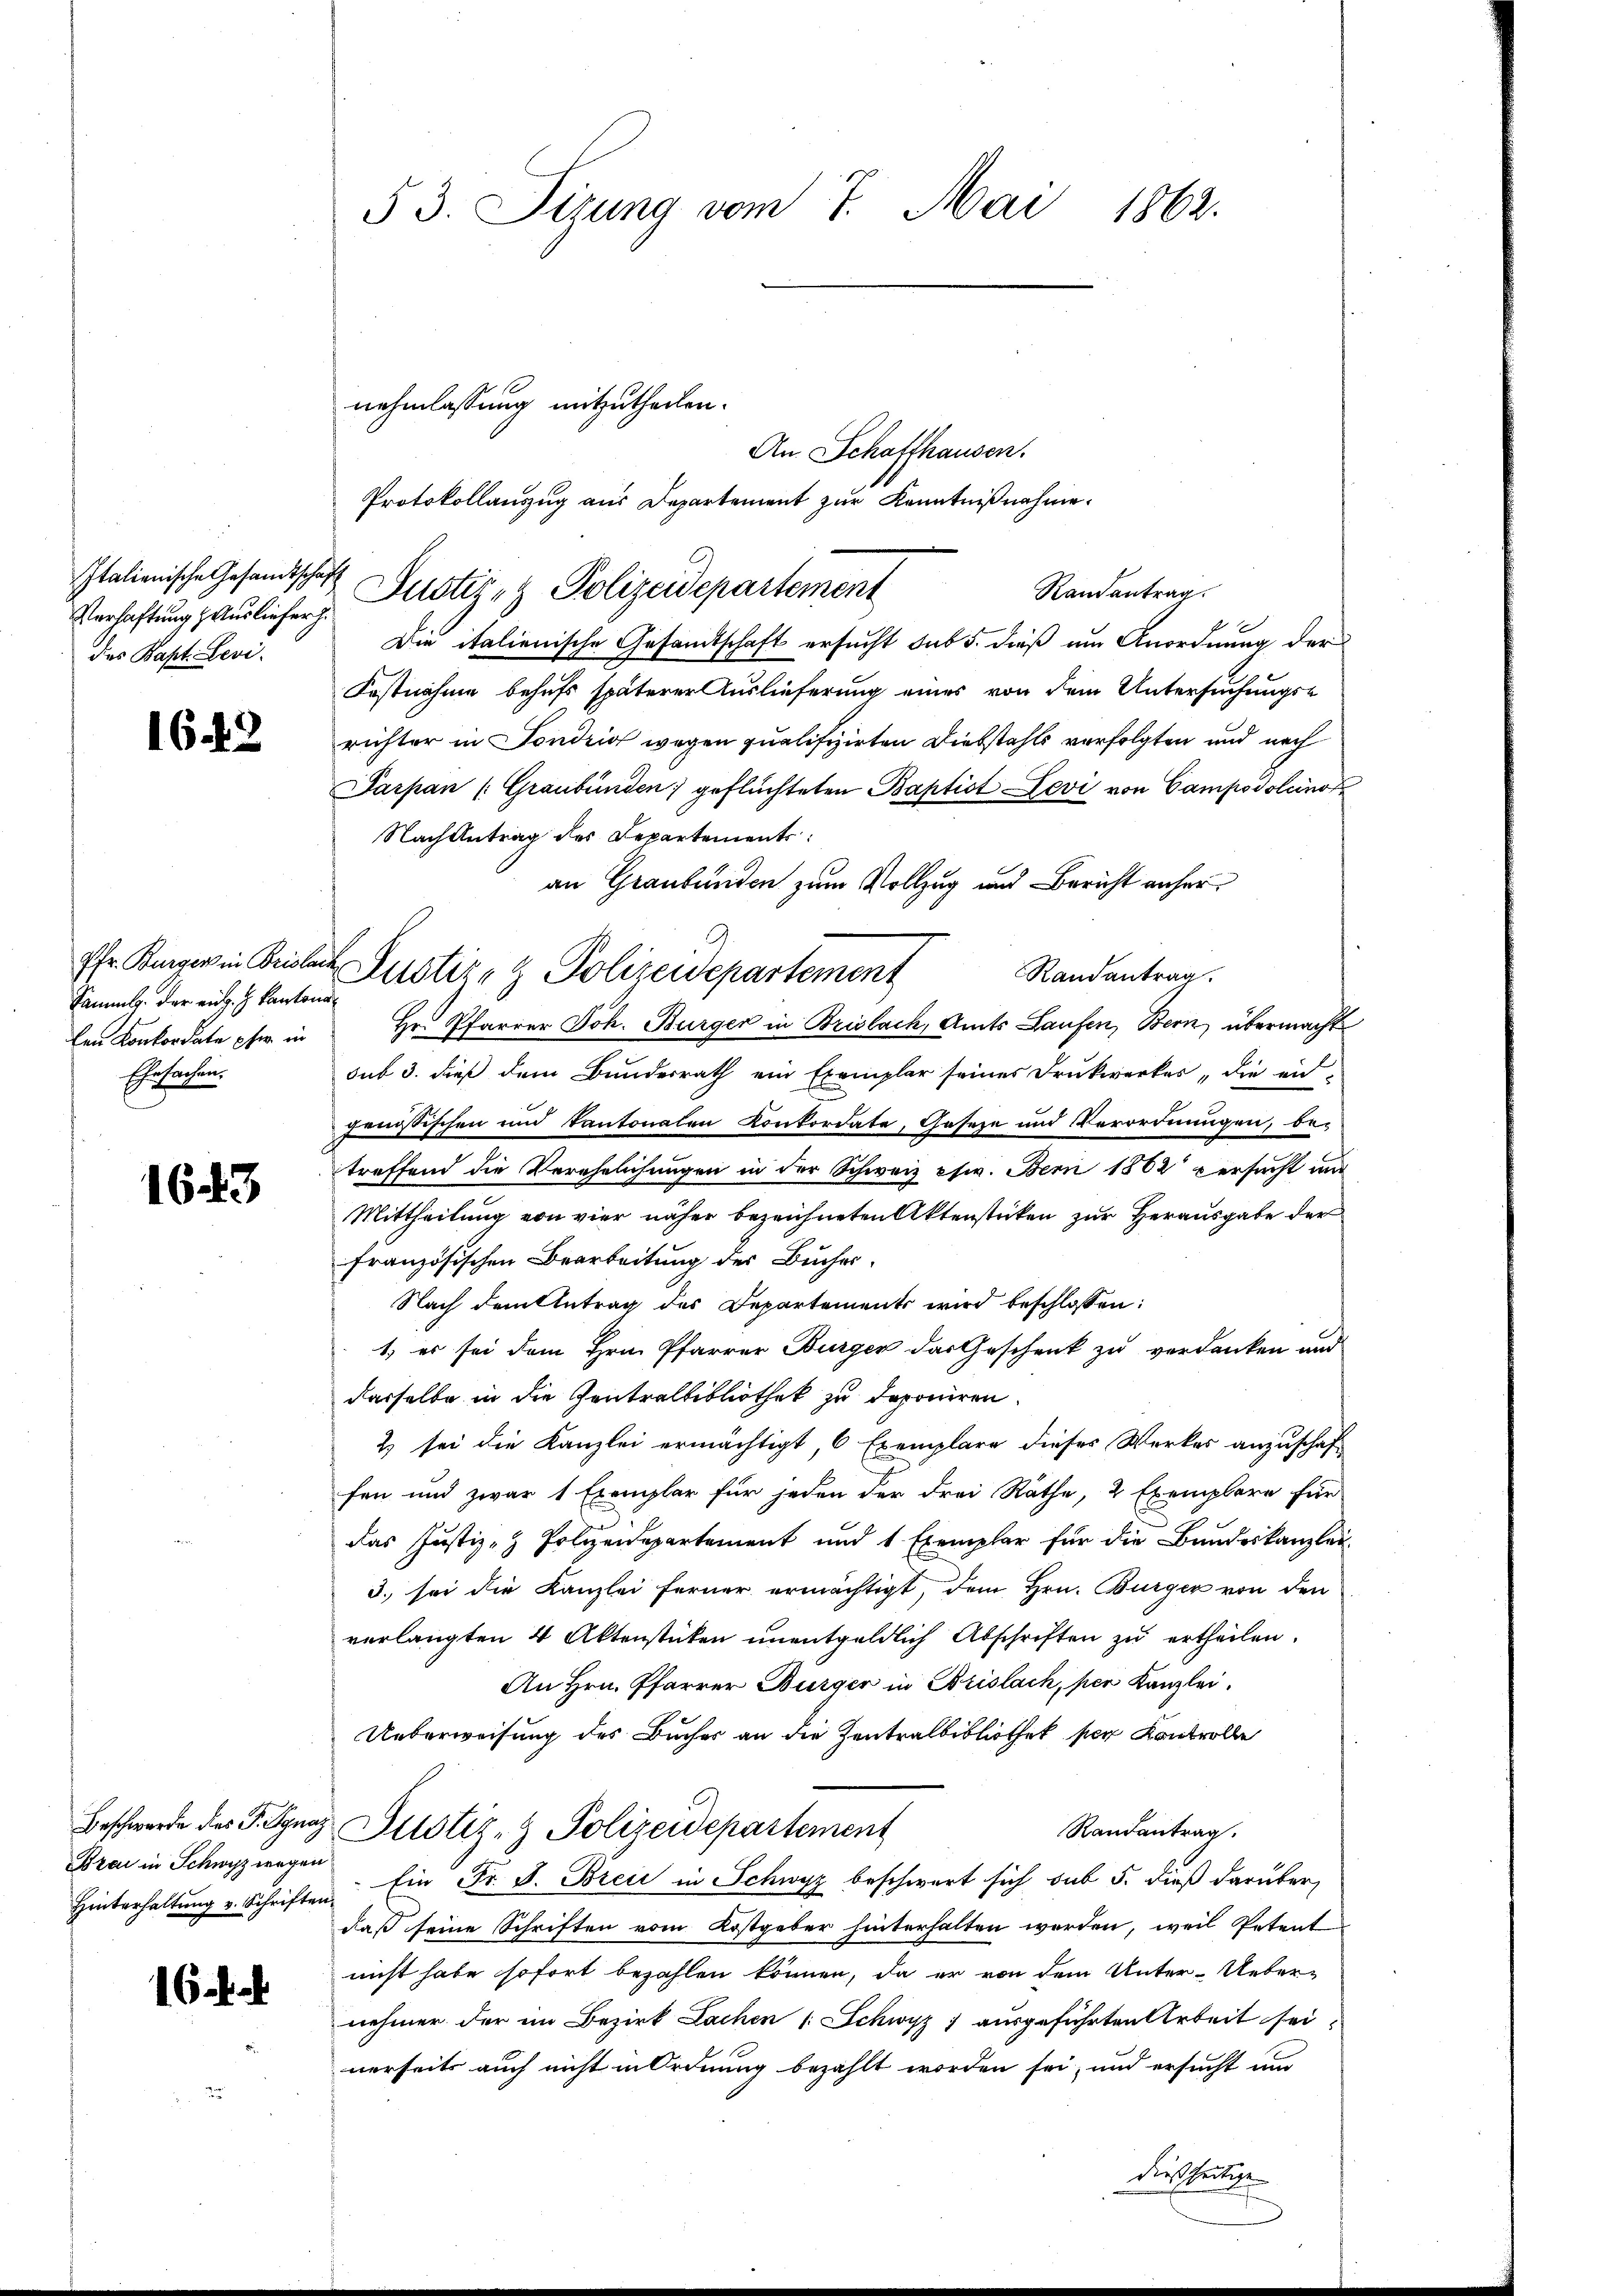
Italienische Gesandtschaft
Verhaftung Ausliefer h.
des Bapt. Levi-

16. 23

1643

16 f.

Pfr. Burgers in Brislan
Sammlg. der eing. H. Kanton
len Konkordate phi in
Ehrsachen,

Beschwerde des P. Ignaz
Brai in Schwyz wegen
Hinterhaltung v. Schriften.

53. Sizung vom 7. Mai 1862.

nehmlassung mitzutheilen.
An Schaffhausen.
Protokollauszug aus Departement zur Kenntnißnahme.
Justiz- & Polizeidepartement
Die italienische Gesandtschaft ersucht sub 5. dieß um Anordnung der
Fastnahme behufs späterer Auslieferung eines von dem Untersuchungs-
richter in Sondrig wegen qualifizirten Diebstahls verfolgten und nach
Parpan (Graubünden geflüchteten Baptist Levi von Campodolcino
Nach Antrag des Departements:
an Graubünden zum Vollzug und Bericht anher
Randantrag.
Hr. Pfarrer Joh. Bürger in Brislach, Amts Laufen, Bern, übermacht
sub 3. dieß dem Bundesrath ein Exemplar seines Drukwerkes die end-
rnössischen und Kantonalen Konkordate, Gaseze und Verordnungen, be-
treffend die Verehelichungen in der Schweiz etw. Bern 1862 versucht mi
Mittheilung von vier näher bezeichneten Aktenstücken zur Herausgabe der
französischen Bearbeitung des Bucher¬
Nach dem Antrag des Departements wird beschlossen:
1.) es sei dem Hrn. Pfarrer Burger das Geschenk zu verdanken und
dasselbe in die Zentralbibliothek zu deponiren.
2 sei die Kanzlei ermächtigt, 6 Exemplare dieses Werkes anzuschaft-
fen und zwar 1 Exemplar für jeden der drei Räthe, 2 Exemplare für
das Justiz- & Polizeidepartement und 1 Exemplar für die Bundeskanzlei-
3. sei die Kanzlei ferner ermächtigt, dem Hrn. Bürger von den
verlangten 4 Aktenstücken ŭnentgeldlich Abschriften zŭ ertheilen.
An Hrn. Pfarrer Bürger in Brislach, per Kanzlei.
Ueberweisung des Buches an die Zentralbibliothek per Kontrolle
Randantrag.
Justiz- & Polizeidepartement
Ein Fr. J. Breie in Schwyz beschwert sich sub 5. dieß darüber,
daß seine Schriften vom Kostgeber hinterhalten worden, weil Petent
nicht habe sofort bezahlen können, da er von dem Unter-Uebernehmer der im Bezirk Lachen Schwyz) ausgeführten Arbeit sei,
nerseits auch nicht in Ordnung bezahlt worden sei, und ersucht um

Justiz- & Polizeidepartement
f

Randantrag.